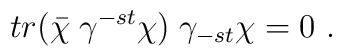
tr (\bar \chi \;\gamma^{-st} \chi)  \;\gamma_{-st} \chi=0 \ .